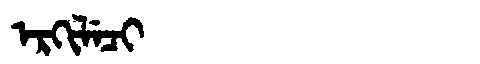
Manchu: ᡝᡵᡴᡳᠯᡝᠴᡳ
Romanization: ERKILECI